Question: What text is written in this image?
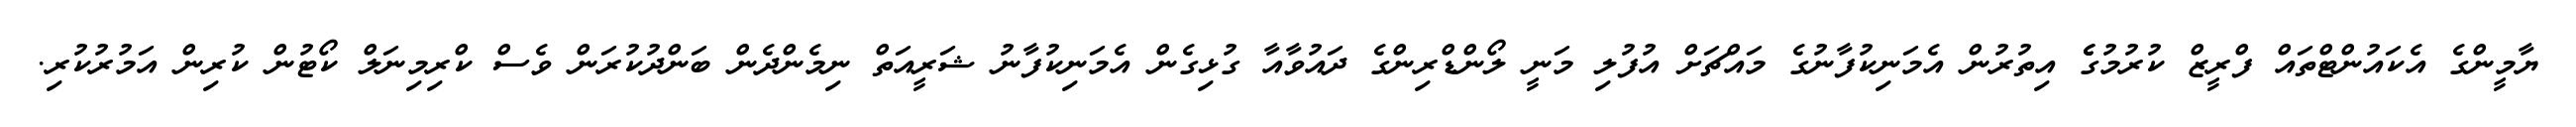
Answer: ޔާމީންގެ އެކައުންޓްތައް ފްރީޒް ކުރުމުގެެ އިތުރުން އެމަނިކުފާނުގެ މައްޗަށް އުފުލި މަނީ ލޯންޑްރިންގެ ދައުވާއާ ގުޅިގެން އެމަނިކުފާނު ޝަރީއަތް ނިމެންދެން ބަންދުކުރަން ވެސް ކްރިމިނަލް ކޯޓުން ކުރިން އަމުރުކުރި.